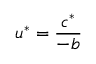
u ^ { * } = \frac { c ^ { * } } { - b }